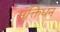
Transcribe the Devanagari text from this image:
मुक्तिधन